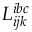
L _ { i j k } ^ { i b c }